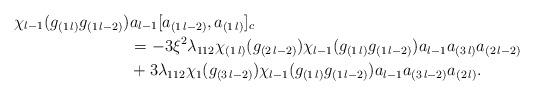
LaTeX: \begin{align*}\chi_{l-1}(g_{(1\,l)}g_{(1\,l-2)})&a_{l-1}[a_{(1\,l-2)},a_{(1\,l)}]_c\\&=-3\xi^2\lambda_{112}\chi_{(1\,l)}(g_{(2\,l-2)} )\chi_{l-1}(g_{(1\,l)}g_{(1\,l-2)})a_{l-1}a_{(3\,l)}a_{(2\,l-2)}\\&+3\lambda_{112}\chi_{1}(g_{(3\,l-2)})\chi_{l-1}(g_{(1\,l)}g_{(1\,l-2)})a_{l-1}a_{(3\,l-2)}a_{(2\,l)}.\end{align*}